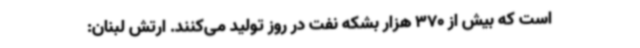
است که بیش از 370 هزار بشکه نفت در روز تولید می‌کنند. ارتش لبنان: